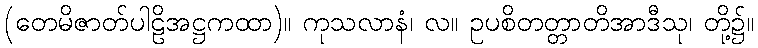
(တေမိဇာတ်ပါဠိအဋ္ဌကထာ)။ ကုသလာနံ၊ လ။ ဥပစိတတ္တာတိအာဒီသု၊ တို့၌။